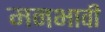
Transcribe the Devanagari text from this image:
मनभावी